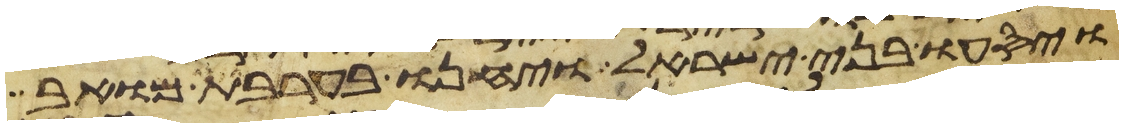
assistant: ויסעו בני ישראל ויחנו בערבת מואב